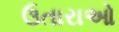
ઉતારાઓ